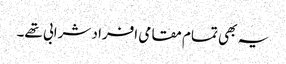
یہ بھی تمام مقامی افراد شرابی تھے۔